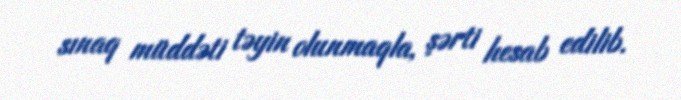
sınaq müddəti təyin olunmaqla, şərti hesab edilib.